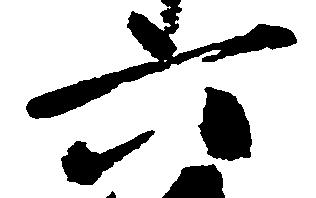
六